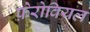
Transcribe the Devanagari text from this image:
फ़ेरोवियल